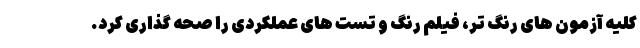
کلیه آزمون های رنگ تر، فیلم رنگ و تست های عملکردی را صحه گذاری کرد.